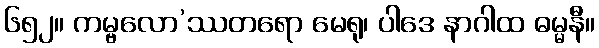
၆၅၂။ ကမ္ဗလော’ဿတရော မေရု၊ ပါဒေ နာဂါထ ဓမ္မနီ။